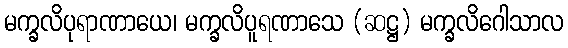
မက္ခလိပုရာဏာယေ၊ မက္ခလိပူရဏာသေ (ဆဋ္ဌ) မက္ခလိဂေါသာလ